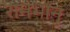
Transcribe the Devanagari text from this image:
रामभानु